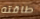
طاقته